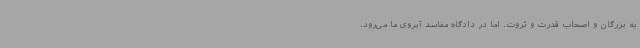
به بزرگان و اصحاب قدرت و ثروت. اما در دادگاه مفاسد آبروی ما می‌رود.